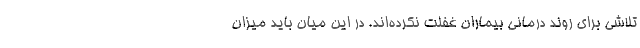
تلاشی برای روند درمانی بیماران غفلت نکرده‌اند. در این میان باید میزان